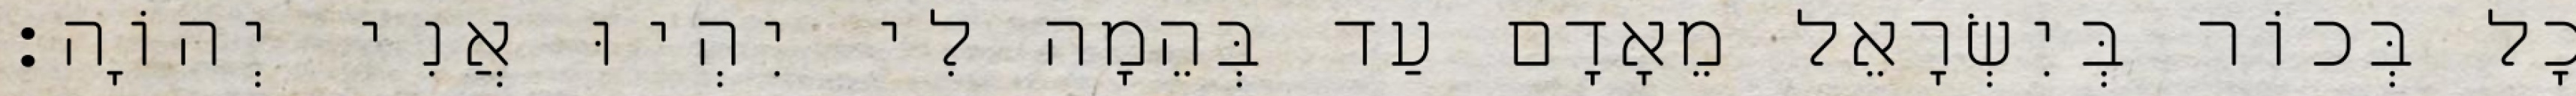
כָל בְּכוֹר בְּיִשְׂרָאֵל מֵאָדָם עַד בְּהֵמָה לִי יִהְיוּ אֲנִי יְהוָֹה׃